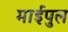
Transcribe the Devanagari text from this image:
माईपुल